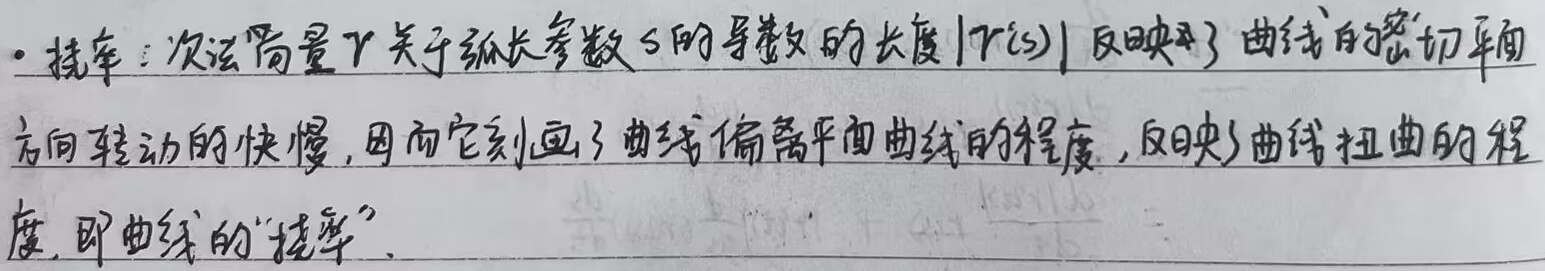
- 挠率：次法向量 \(\gamma\) 关于弧长参数 \(s\) 的导数的长度 \(|\gamma'(s)|\) 反映了曲线的密切平面方向转动的快慢，因而它刻画了曲线偏离平面曲线的程度，反映了曲线扭曲的程度，即曲线的“挠率”。